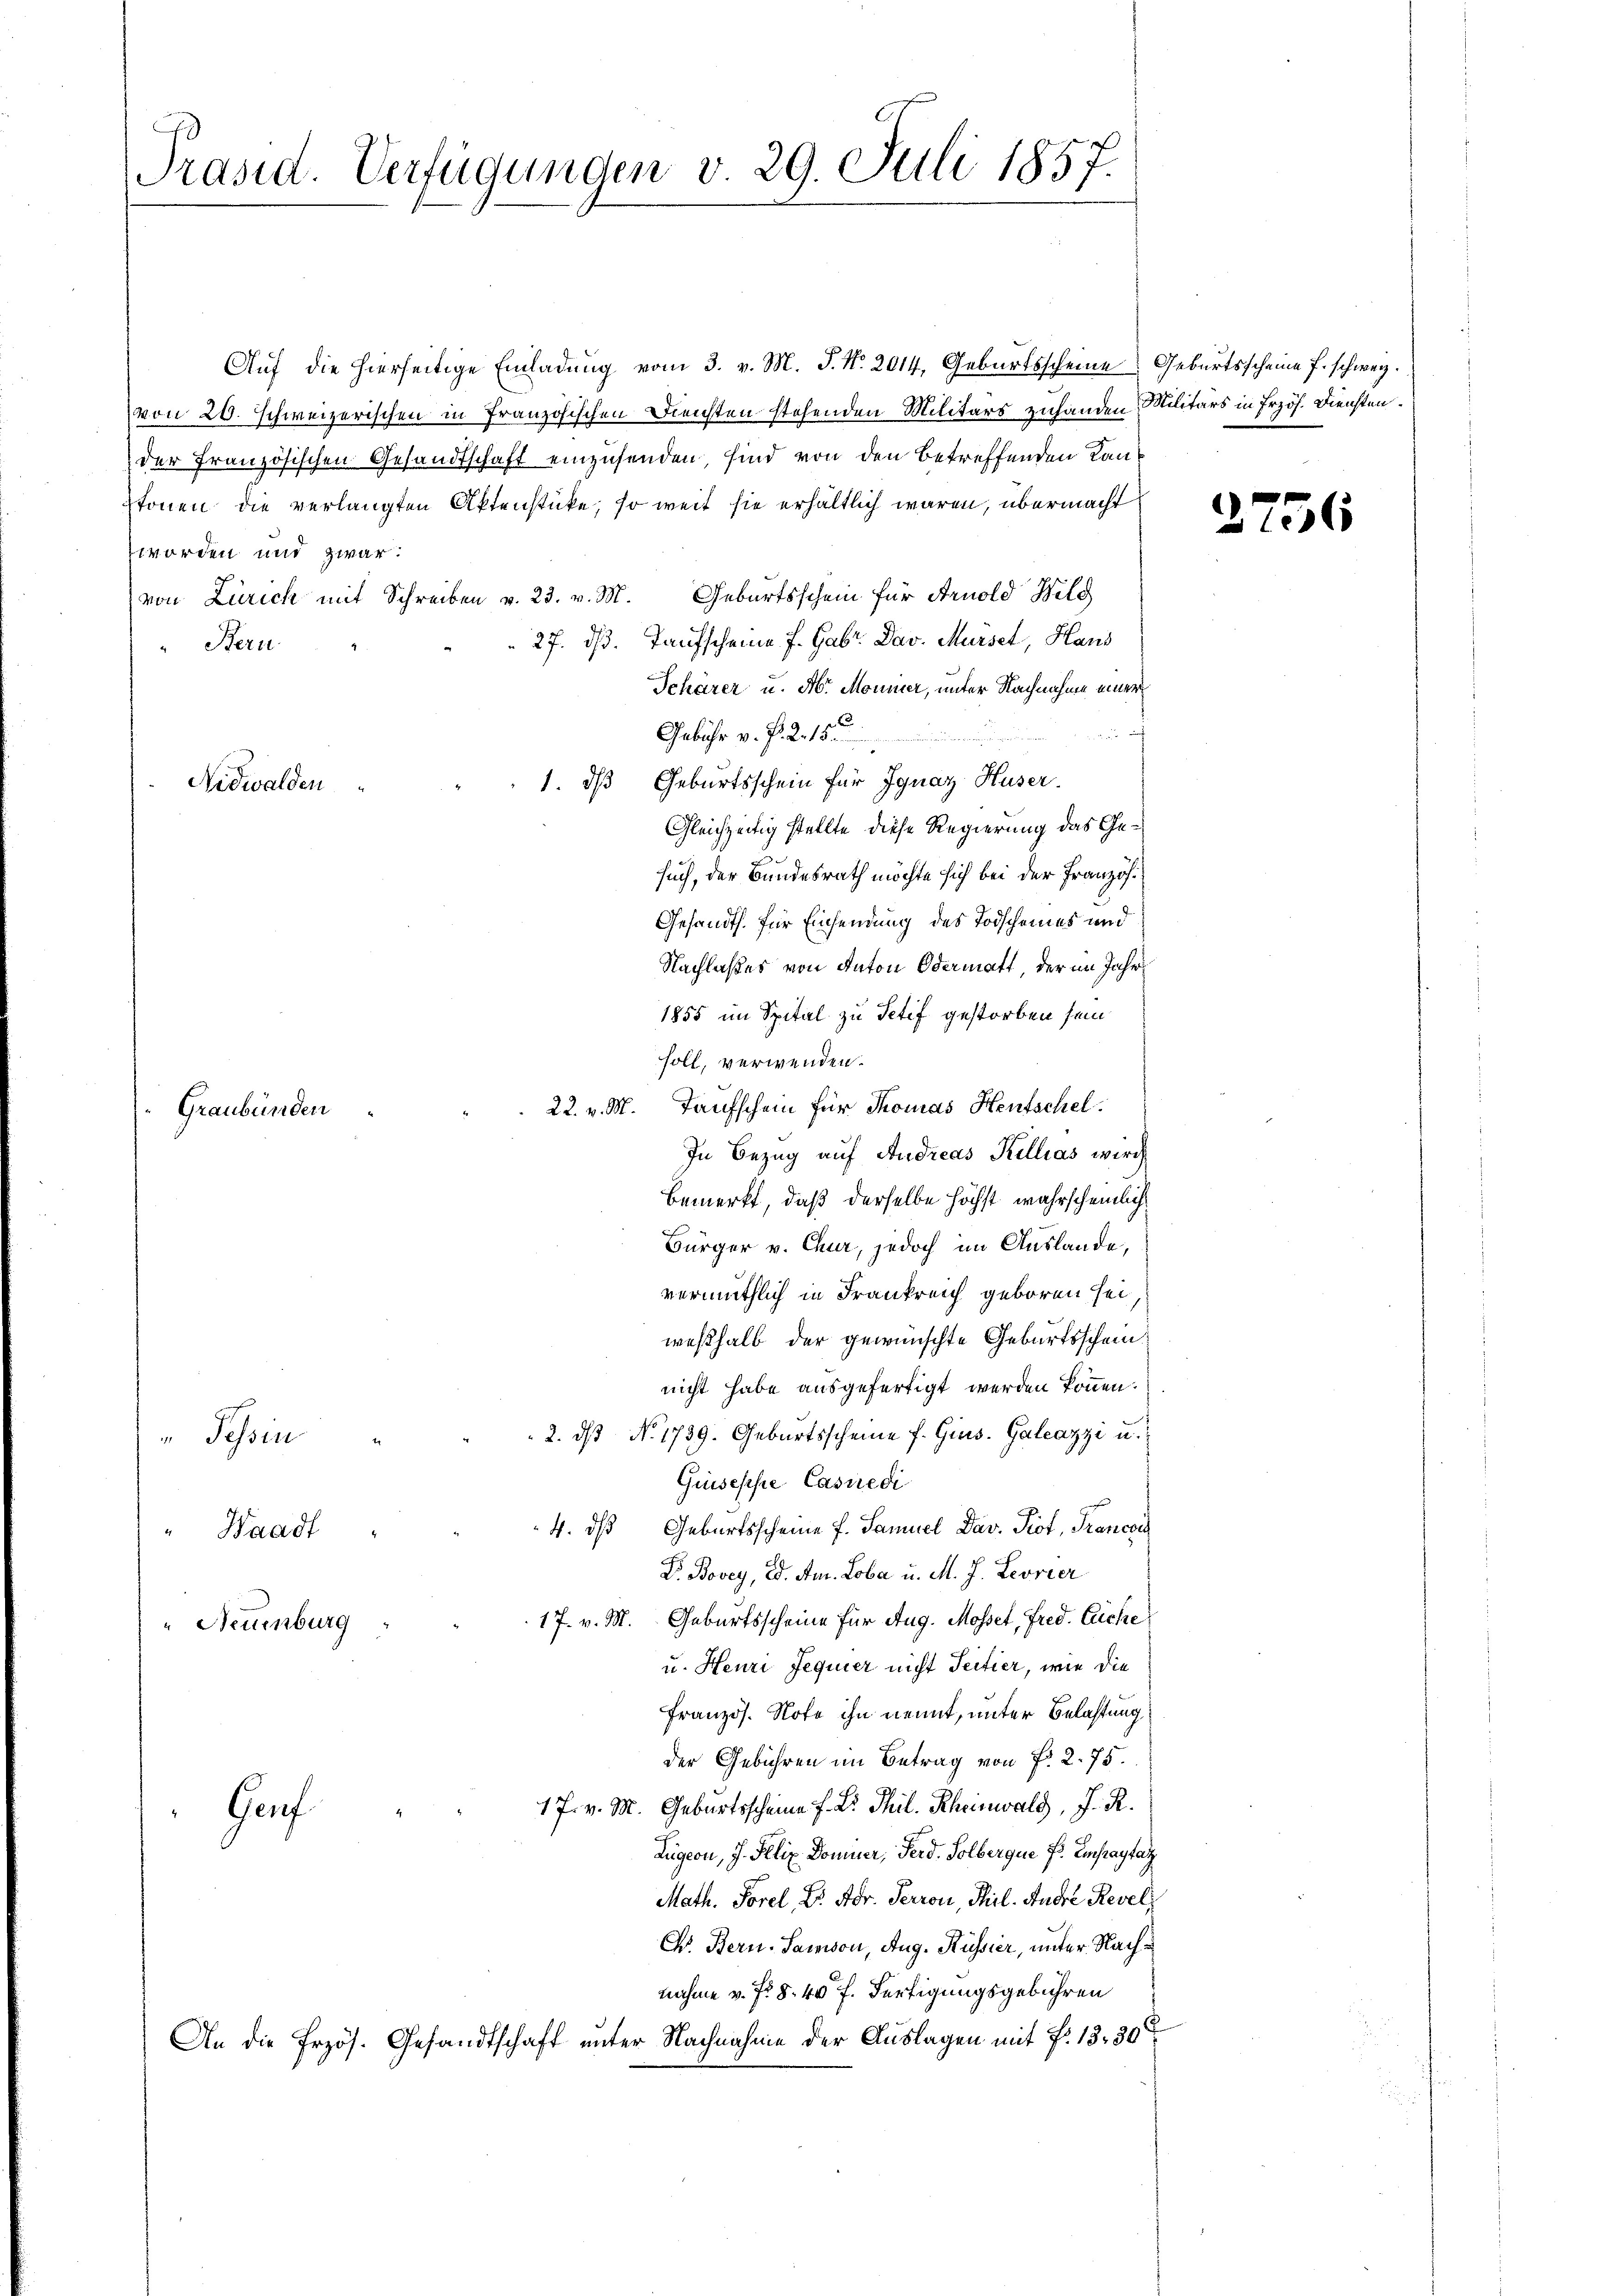
Präsid. Verfügungen v. 29. Juli 1857.

Auf die hierseitige Einladung vom 3. v. M. P. Nr. 2014, Geburtsscheine Geburtsscheine f. schweiz.
von 20. schweizerischen in Französischen Diensten stehenden Militärs zuhanden Militärs in Erzöh. Diensten.
der französischen Gesandtschaft einzusenden, sind von den betreffenden Kantonen die verlangten Aktenstücke, so weit sie erhältlich waren, übermacht
worden und zwar:
von Zürich mit Schreiben v. 23. v. M. Geburtsschein für Arnold Wild
27. dß. Taufscheine f. Gabr. Dav. Mürsel, Haus
Bern
Schärer u. Mr. Monnier, unter Nachnahme einer
 ach
Gebühr v. P. R. 15.
1. ds Geburtsschein für Ignaz Huser.
Nidwalden
Gleichzeitig stellte diese Regierung das Gesuch, der Bundesrath möchte sich bei der Französ.
Gesandth. für Einsendung des Todscheines und
Nachlaßes von Anton Odermatt, der im Jahr
1855 im Spital zu Petif gestorben sein
soll, verwenden.
22. v. M. Taufschein für Thomas Heutschel¬
In Bezug auf Andreas Kellias wird.
bemerkt, daß derselbe höchst wahrscheinlich
Bürger v. Chur, jedoch im Auslande,
vermuthlich in Frankreich geboren sei,
weßhalb der gewünschte Geburtsschein.
nicht habe ausgefertigt werden können.
" Tessin " " " 2. dβ No. 1739. Geburtsscheine f. Gius. Galeazzi u.
Guiseppe Casuedi
4. ds Geburtsscheine f. Samuel Dav. Prot, Francois
Haad
Dr. Bovey, ed. Am Loba u. M. J. Leorier
17. v. M. Geburtsscheine für Aug. Mosset, Fred. Eiche
" Neuenburg
u. Heuri Jequier nicht Seitier, wie die
Französ. Note ihn nennt, unter Belastung
der Gebühren im Betrag von f. 2. 75.
17. v. M. Geburtsscheine f. Dr. Thil. Rheinwald, J. R.
Genf
Zügern, J. Felix Domuer, Ferd. Solbergue P. Empaytag
Math. Sorel, Dr. Adr. Terron, Thil. Andre Revel,
C. Bern. Samson, Aug. Küssier, unter Nachnahme v. fr. 8. 40 f. Fertigungsgebühren
An die Przös. Gesandtschaft unter Nachnahme der Auslagen mit P. 13. 30

Graubünden

2756